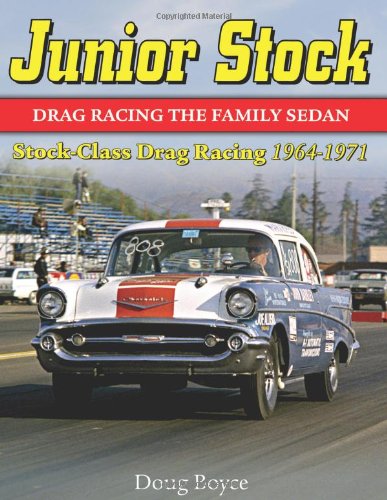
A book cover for Junior Stock: Stock Class Drag Racing 1964-1971; Doug Boyce; Engineering & Transportation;